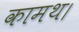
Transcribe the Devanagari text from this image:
कामथ।